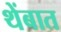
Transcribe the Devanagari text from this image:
थेंबात